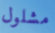
مشلول